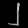
Digit: ၂